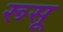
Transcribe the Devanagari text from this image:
रूसू